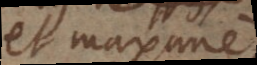
et maxime